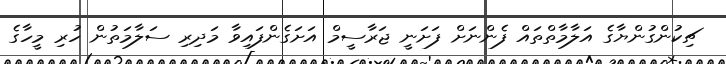
ޗިކުންގުންޔާގެ އަލާމާތްތައް ފެންނަށް ފަށަނީ ޖަރާސީމް އަށަގެންފައިވާ މަދިރި ސަލާމަތުން ހުރި މީހާގެ